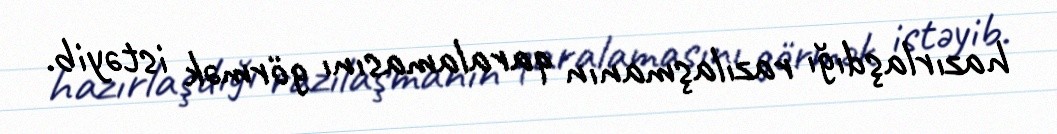
hazırlaşdığı razılaşmanın qaralamasını görmək istəyib.